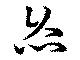
灸